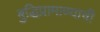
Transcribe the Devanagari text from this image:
बुद्धिप्रामाण्याची